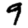
Digit: 9